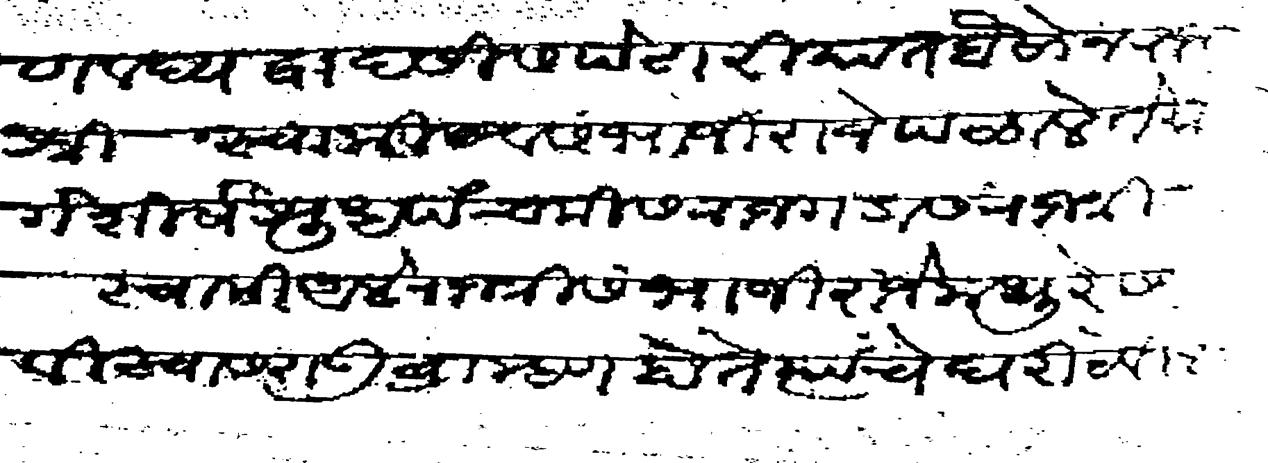
Transliteration (Devanagari): वद्य द्वादसीस पेटारियात बैसोन राजश्री स्वामी व संभाजी राजे पळाले ते मार्गशीर्ष शुध पंचमीस राजगडास राजश्री स्वामी आले राजश्री संभाजी राजे मथुरेस विस्वासराऊ ब्राह्मण होते त्यांचे घरी ठेविले